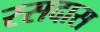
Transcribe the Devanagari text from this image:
रसदास